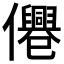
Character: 𠑣